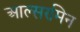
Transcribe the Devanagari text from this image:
आल्सरमिन